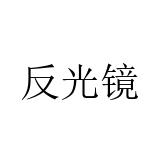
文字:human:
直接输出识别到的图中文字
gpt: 反光镜